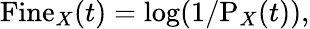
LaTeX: \mathrm{Fine}_{X}(t)=\log(1/\mathrm{P}_{X}(t)),